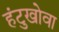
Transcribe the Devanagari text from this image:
हंटुखोवा